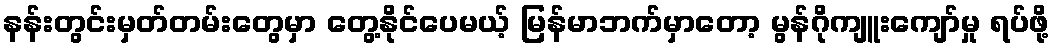
နန်းတွင်းမှတ်တမ်းတွေမှာ တွေ့နိုင်ပေမယ့် မြန်မာဘက်မှာတော့ မွန်ဂိုကျူးကျော်မှု ရပ်ဖို့